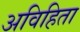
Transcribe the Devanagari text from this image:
अविहिता